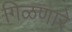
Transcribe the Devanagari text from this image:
गिळणारे